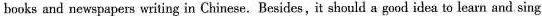
books and newspapers writing in Chinese. Besides,it should a good idea to learn and sing